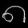
Digit: ၈